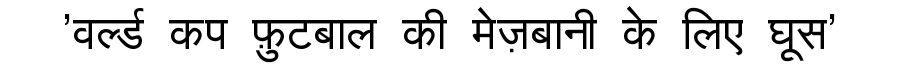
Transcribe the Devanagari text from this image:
'वर्ल्ड कप फ़ुटबाल की मेज़बानी के लिए घूस'